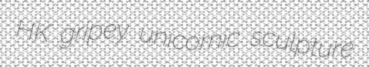
HK gripey unicornic sculpture